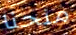
منحنا